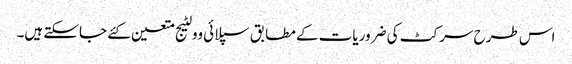
اس طرح سرکٹ کی ضروریات کے مطابق سپلائی وولٹیج متعین کئے جاسکتے ہیں۔